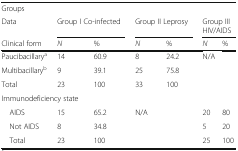
<table><thead><tr><td><b>Groups</b></td><td></td><td></td><td></td><td></td><td></td><td></td></tr><tr><td><b>Data</b></td><td colspan="2"><b>Group I Co-infected</b></td><td colspan="2"><b>Group II Leprosy</b></td><td colspan="2"><b>Group III HIV/AIDS</b></td></tr><tr><td><b>Clinical form</b></td><td><b><i>N</i></b></td><td><b>%</b></td><td><b><i>N</i></b></td><td><b>%</b></td><td><b><i>N</i></b></td><td><b>%</b></td></tr></thead><tbody><tr><td>Paucibacillary<sup>a</sup></td><td>14</td><td>60.9</td><td>8</td><td>24.2</td><td rowspan="2" colspan="2">N/A</td></tr><tr><td>Multibacillary<sup>b</sup></td><td>9</td><td>39.1</td><td>25</td><td>75.8</td></tr><tr><td>Total</td><td>23</td><td>100</td><td>33</td><td>100</td><td></td><td></td></tr><tr><td colspan="7">Immunodeficiency state</td></tr><tr><td> AIDS</td><td>15</td><td>65.2</td><td rowspan="2" colspan="2">N/A</td><td>20</td><td>80</td></tr><tr><td> Not AIDS</td><td>8</td><td>34.8</td><td>5</td><td>20</td></tr><tr><td> Total</td><td>23</td><td>100</td><td></td><td></td><td>25</td><td>100</td></tr></tbody></table>